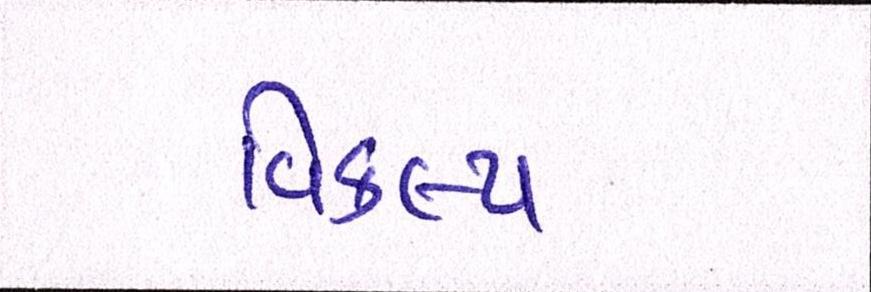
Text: વિકલ્પ